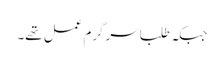
جبکہ طلبا سرگرم عمل تھے۔